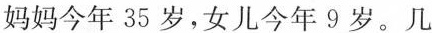
妈妈今年35岁，女儿今年9岁。几